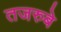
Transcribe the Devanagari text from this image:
तजरुबे